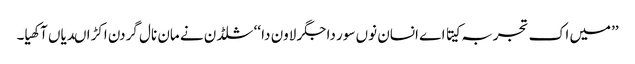
’’میں اک تجربہ کیتا اے انسان نوں سور دا جگر لاون دا ‘‘ شلڈن نے مان نال گردن اکڑا ںدیاں آکھیا۔